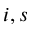
i , s